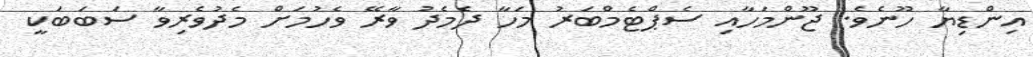
އިންޑިޔާ ހޫނެވެ. ޖޫންމަހާއި ސެޕްޓެމްބަރު މަހާ ދެމެދު ވާރޭ ވެހުމަށް މެދުވެރިވާ ސަބަބަކީ